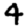
Digit: 4